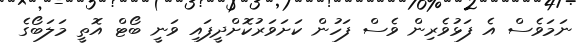
ނަމަވެސް އެ ފަޅުވެރިން ވެސް ފަހުން ކަށަވަރުކޮށްދީފައި ވަނީ ބޯޓް އޮތީ މަލަބޯގެ